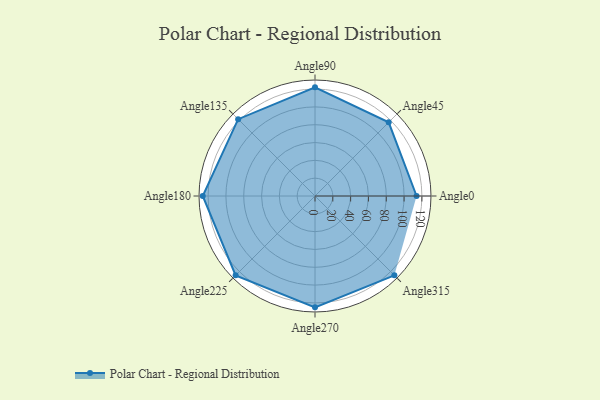
{"axis": {"x": "Angle", "y": "Radius"}, "legend": [""], "data": [{"x": "Angle0", "y": 114.0, "type": ""}, {"x": "Angle45", "y": 117.0, "type": ""}, {"x": "Angle90", "y": 122.0, "type": ""}, {"x": "Angle135", "y": 122.0, "type": ""}, {"x": "Angle180", "y": 126.0, "type": ""}, {"x": "Angle225", "y": 126.0, "type": ""}, {"x": "Angle270", "y": 125.0, "type": ""}, {"x": "Angle315", "y": 126.0, "type": ""}]}